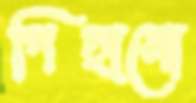
পিছানো